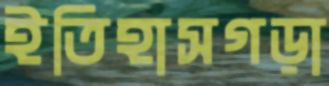
ইতিহাসগড়া